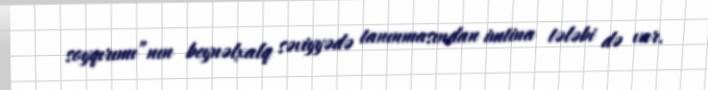
soyqırımı”nın beynəlxalq səviyyədə tanınmasından imtina tələbi də var.